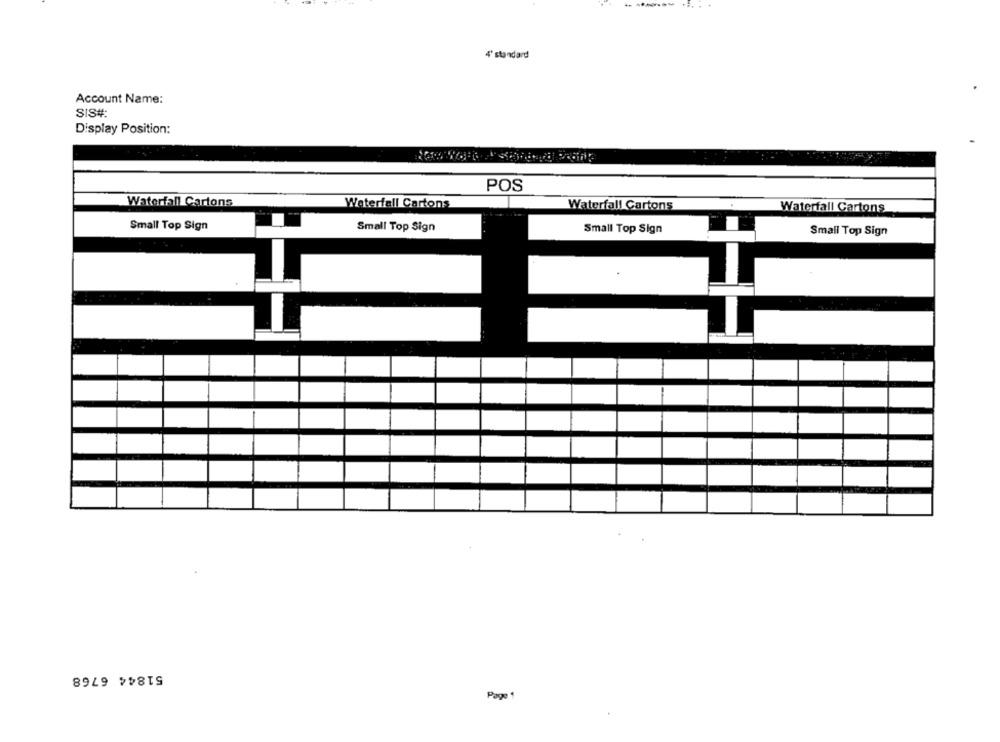
4' standard
Account Name:
SIS#
Display Position:
POS
Waterfall Cartons
Waterfall Cartons
Waterfall Cartons
Waterfall Cartons
Small Top Sign
Small Top Sign
Small Top Sign
Small Top Sign
51844 6768
Page 1